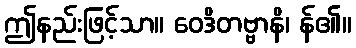
ဤနည်းဖြင့်သာ။ ဝေဒိတဗ္ဗာနိ၊ န်၏။